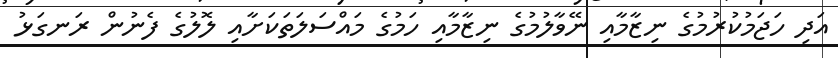
އަދި ހަޖަމުކުރުމުގެ ނިޒާމާއި ނޭވާލުމުގެ ނިޒާމާއި ހަމުގެ މައްސަލަތަކަށާއި ލޮލުގެ ފެނުން ރަނގަޅު